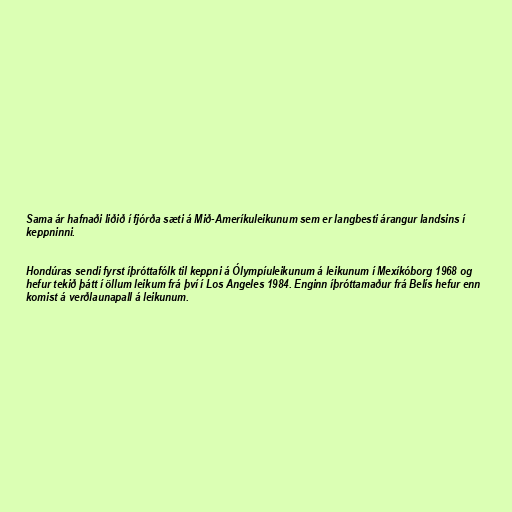
Sama ár hafnaði liðið í fjórða sæti á Mið-Ameríkuleikunum sem er langbesti árangur landsins í
keppninni.

Hondúras sendi fyrst íþróttafólk til keppni á Ólympíuleikunum á leikunum í Mexíkóborg 1968 og
hefur tekið þátt í öllum leikum frá því í Los Angeles 1984. Enginn íþróttamaður frá Belís hefur enn
komist á verðlaunapall á leikunum.